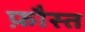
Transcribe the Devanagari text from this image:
फ़ौस्त